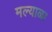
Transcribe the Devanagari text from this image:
मल्याळा